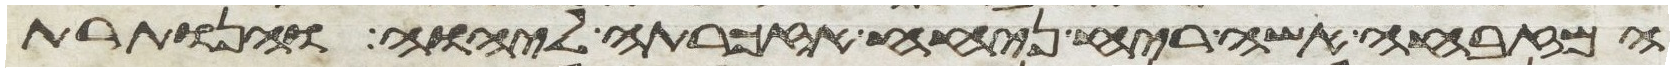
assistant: המזבחה אשה ריח ניחח אזכרתה ליהוה והנותרת